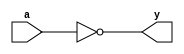
module not_gate_assign (
       input wire a,
       output wire y
   );
       assign y = ~a;
endmodule